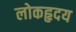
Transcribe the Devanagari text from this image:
लोकहृदय